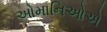
ઓમાનિઓએ